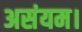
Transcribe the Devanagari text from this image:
असंयम।